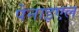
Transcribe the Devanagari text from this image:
पेनाइएल